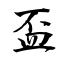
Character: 盃